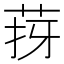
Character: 𦯙